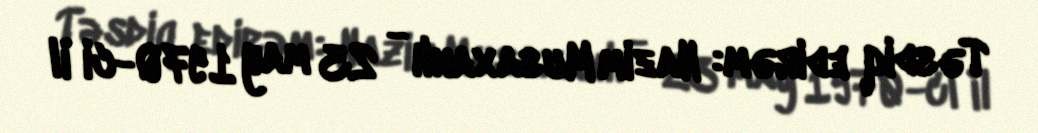
Təsdiq edirəm: Nazim Musaxanlı - 23 may 1970-ci il